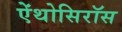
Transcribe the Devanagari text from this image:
ऐंथोसिरॉस